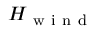
H _ { \mathrm { ~ w ~ i ~ n ~ d ~ } }